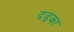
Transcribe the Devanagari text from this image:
दड़का